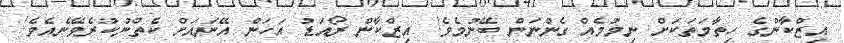
އިޒްކާންގެ ހިތާމަތަކަށް ނިމުމެއް ގެންނަން ބޭނުމެވެ! އިޒްކާން ރޯއަޑު އަހަން އޭނައަށް ކެތްނުކުރެވޭނެއެވެ!